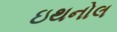
ઇથનોલ